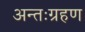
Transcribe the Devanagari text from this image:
अन्तःग्रहण